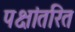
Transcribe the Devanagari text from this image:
पक्षांतरित